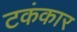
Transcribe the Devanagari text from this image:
टकंकार